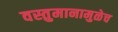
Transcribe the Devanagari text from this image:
वस्तुमानामुळेच